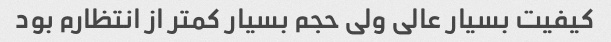
کیفیت بسیار عالی ولی حجم بسیار کمتر از انتظارم بود